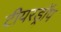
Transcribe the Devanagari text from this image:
टीयरड्रॉप